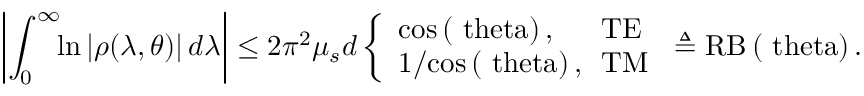
\left| \int _ { 0 } ^ { \infty } \! \! \ln \left| \rho ( \lambda , \theta ) \right| \! \, d \lambda \right| \leq 2 \pi ^ { 2 } \mu _ { s } d \left\{ \begin{array} { l l } { \mathrm { { c o s } \left( \ t h e t a \right) , } } & { \! \! \mathrm { { T E } } } \\ { 1 / \mathrm { { c o s } \left( \ t h e t a \right) , } } & { \! \! \mathrm { { T M } } } \end{array} \right. \triangleq \mathrm { { R B } \left( \ t h e t a \right) . }